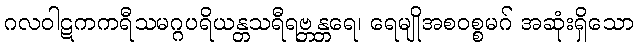
ဂလဝါဋကကရီသမဂ္ဂပရိယန္တသရီရဗ္ဘန္တရေ၊ ရေမျိုအစဝစ္စမဂ် အဆုံးရှိသော